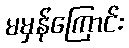
မမှန်ကြောင်း